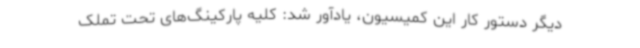
دیگر دستور کار این کمیسیون، یادآور شد: کلیه پارکینگ‌های تحت تملک